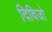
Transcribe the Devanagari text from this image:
दिविजो